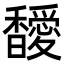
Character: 𩡣